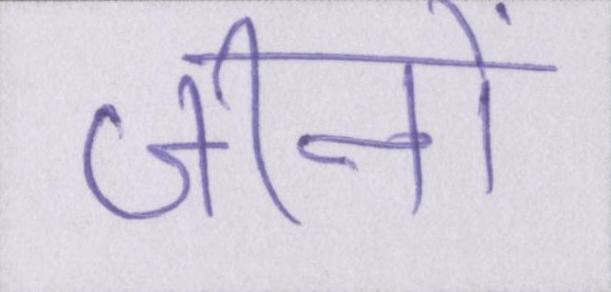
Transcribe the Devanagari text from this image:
जीनों